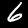
Label: 6